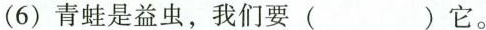
(6)青蛙是益虫，我们要( )它。